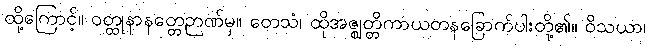
ထို့ကြောင့်။ ဝတ္ထုနာနတ္တေဉာဏ်မှ။ တေသံ၊ ထိုအဇ္ဈတ္တိကာယတနခြောက်ပါးတို့၏။ ဝိသယာ၊